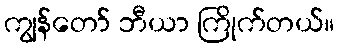
ကျွန်တော် ဘီယာ ကြိုက်တယ်။